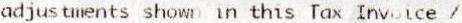
ADJUSTMENTS SHOWN IN THIS TAX INVOICE /